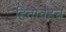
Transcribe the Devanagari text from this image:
हितावहच